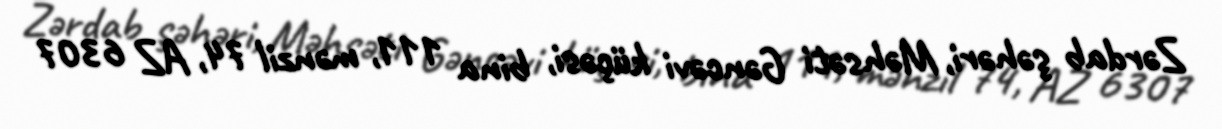
Zərdab şəhəri, Məhsəti Gəncəvi küçəsi, bina 111, mənzil 74, AZ 6307